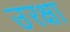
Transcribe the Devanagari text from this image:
उरक्षा